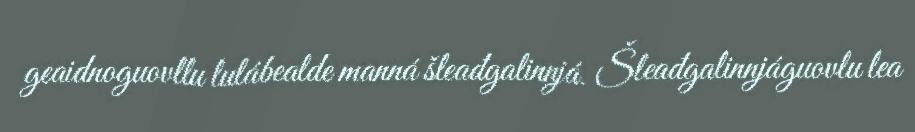
geaidnoguovllu lulábealde manná šleađgalinnjá. Šleađgalinnjáguovlu lea